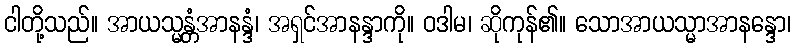
ငါတို့သည်။ အာယသ္မန္တံအာနန္ဒံ၊ အရှင်အာနန္ဒာကို။ ဝဒါမ၊ ဆိုကုန်၏။ သောအာယသ္မာအာနန္ဒော၊